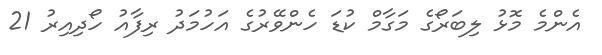
އެންމެ މޮޅު ލިބަރޯގެ މަގާމް ކުޑަ ހެންވޭރުގެ އަހުމަދު ރިފާއު ހޯދިއިރު 21